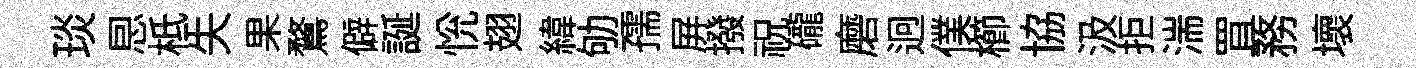
琰㤙柢失果鶩僻誕恱翅緯劬孺屏撥祝礲磨迥僕櫛協汲拒湍罝務壞